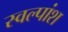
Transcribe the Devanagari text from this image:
स्वल्पांश